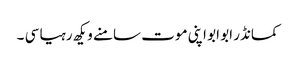
کمانڈر ابو ابو اپنی موت سامنے ویکھ رہیا سی ۔